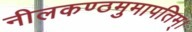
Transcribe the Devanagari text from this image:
नीलकण्ठमुमापतिम्।